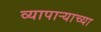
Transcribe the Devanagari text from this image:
व्यापार्‍याच्या